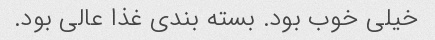
خیلی خوب بود. بسته بندی غذا عالی بود.